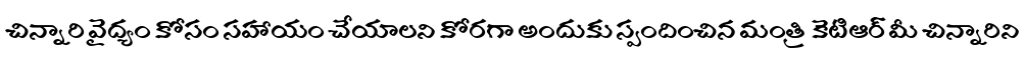
చిన్నారి వైద్యం కోసం సహాయం చేయాలని కోరగా అందుకు స్పందించిన మంత్రి కెటిఆర్ మీ చిన్నారిని